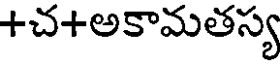
+చ+అకామతస్య